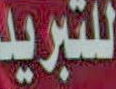
للتبريد